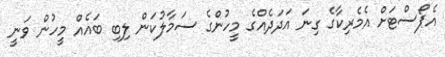
އެޕޯސްޓަށް އެމެރިކާގެ ގިނަ އަދަދެއްގެ މީހުންގެ ސަމާލުކަން ލިބި ބައެއް މީހުން ވަނީ